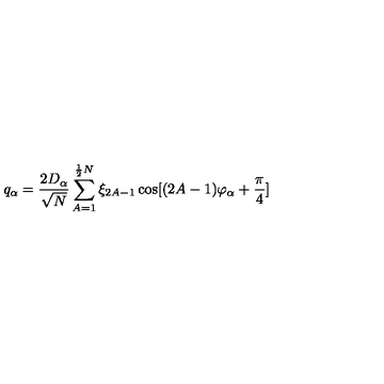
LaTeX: q _ { \alpha } = \frac { 2 D _ { \alpha } } { \sqrt { N } } \sum _ { A = 1 } ^ { \frac { 1 } { 2 } N } \xi _ { 2 A - 1 } \cos [ ( 2 A - 1 ) \varphi _ { \alpha } + \frac { \pi } { 4 } ]